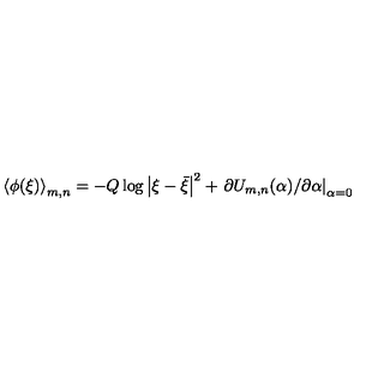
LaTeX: \left\langle \phi ( \xi ) \right\rangle _ { m , n } = - Q \log \left| \xi - \bar { \xi } \right| ^ { 2 } + \left. \partial U _ { m , n } ( \alpha ) / \partial \alpha \right| _ { \alpha = 0 }